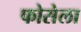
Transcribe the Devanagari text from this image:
फोसेला